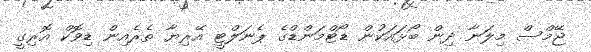
ޖޭމްސް މިލަނާ ދިން ބޯޅައަކުން ޑޯޓްމަންޑްގެ ޕެނަލްޓީ އޭރިޔާ ތެރެއިން ޑިވޮކް އޮރިގީ